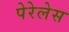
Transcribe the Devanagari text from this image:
पेरेलेस